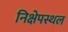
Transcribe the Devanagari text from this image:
निक्षेपस्थल